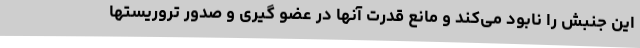
این جنبش را نابود می‌کند و مانع قدرت آنها در عضو گیری و صدور تروریستها